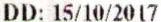
DD: 15/10/2017